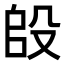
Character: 𭮫